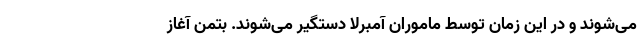
می‌شوند و در این زمان توسط ماموران آمبرلا دستگیر می‌شوند. بتمن آغاز